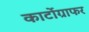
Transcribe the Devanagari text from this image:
कार्टोग्राफर